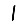
Digit: 1